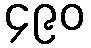
၄၉၀